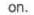
on.